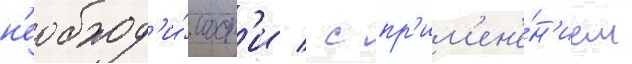
н'еобход'и́мост'и / с пр'им'ен'е́н'ием